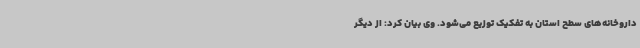
داروخانه‌های سطح استان به تفکیک توزیع می‌شود. وی بیان کرد: از دیگر